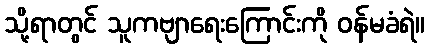
သို့ရာတွင် သူကဗျာရေးကြောင်းကို ဝန်မခံရဲ။